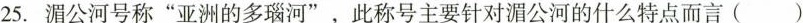
25.湄公河号称”亚洲的多瑙河”，此称号主要针对湄公河的什么特点而言()